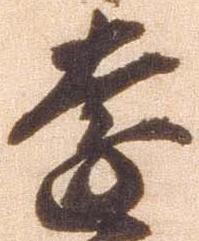
遠